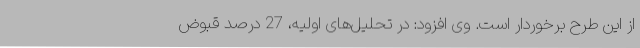
از این طرح برخوردار است. وی افزود: در تحلیل‌های اولیه، 27 درصد قبوض